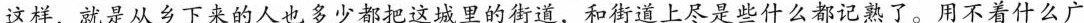
这样，就是从乡下来的人也多少都把这城里的街道，和街道上尽是些什么都记熟了。用不着什么广